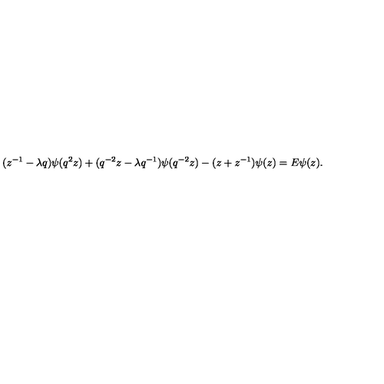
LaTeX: ( z ^ { - 1 } - \lambda q ) \psi ( q ^ { 2 } z ) + ( q ^ { - 2 } z - \lambda q ^ { - 1 } ) \psi ( q ^ { - 2 } z ) - ( z + z ^ { - 1 } ) \psi ( z ) = E \psi ( z ) .